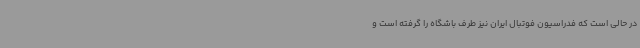
در حالی است که فدراسیون فوتبال ایران نیز طرف باشگاه را گرفته است و